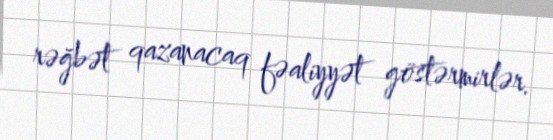
rəğbət qazanacaq fəaliyyət göstərmirlər.